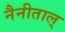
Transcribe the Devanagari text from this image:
नैनीताल्